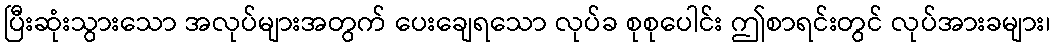
ပြီးဆုံးသွားသော အလုပ်များအတွက် ပေးချေရသော လုပ်ခ စုစုပေါင်း ဤစာရင်းတွင် လုပ်အားခများ၊